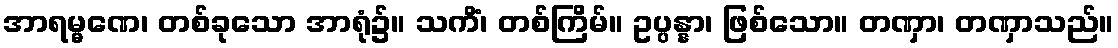
အာရမ္မဏေ၊ တစ်ခုသော အာရုံ၌။ သကိံ၊ တစ်ကြိမ်။ ဥပ္ပန္နာ၊ ဖြစ်သော။ တဏှာ၊ တဏှာသည်။